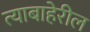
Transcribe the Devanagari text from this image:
त्याबाहेरील